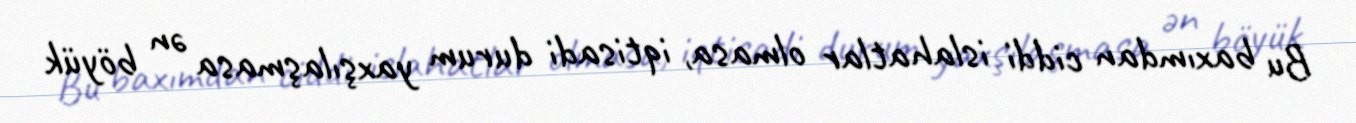
Bu baxımdan ciddi islahatlar olmasa, iqtisadi durum yaxşılaşmasa ən böyük